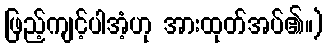
ဖြည့်ကျင့်ပါအံ့ဟု အားထုတ်အပ်၏။)